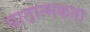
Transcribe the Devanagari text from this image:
पाठात्मकता